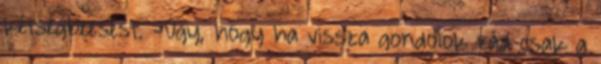
kétségbeesést. -Úgy, hogy ha vissza gondolok rád csak a